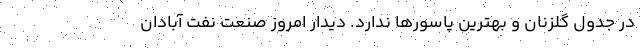
در جدول گلزنان و بهترین پاسورها ندارد. دیدار امروز صنعت نفت آبادان